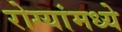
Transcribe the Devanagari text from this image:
रोग्यांमध्ये